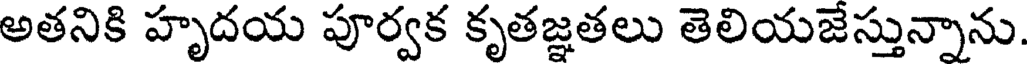
అతనికి హృదయ పూర్వక కృతజ్ఞతలు తెలియజేస్తున్నాను